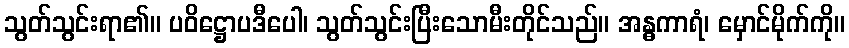
သွတ်သွင်းရာ၏။ ပဝိဋ္ဌောပဒီပေါ၊ သွတ်သွင်းပြီးသောမီးတိုင်သည်။ အန္ဓကာရံ၊ မှောင်မိုက်ကို။